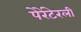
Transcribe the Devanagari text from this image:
पेरेंटेरली